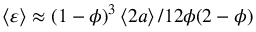
\left\langle \varepsilon \right\rangle \approx { ( 1 - \phi ) ^ { 3 } } \left\langle 2 a \right\rangle / { 1 2 \phi ( 2 - \phi ) }